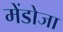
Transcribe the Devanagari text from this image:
मेंडोजा